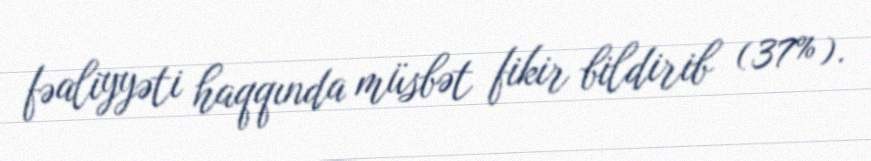
fəaliyyəti haqqında müsbət fikir bildirib (37%).